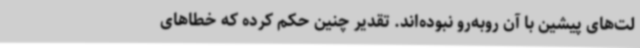
لت‌های پیشین با آن روبه‌رو نبوده‌اند. تقدیر چنین حکم کرده که خطاهای